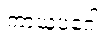
ကာယူပဂေါ